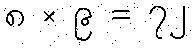
၈ × ၉ = ၇၂